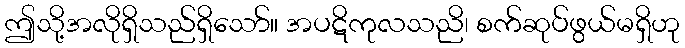
ဤသို့အလိုရှိသည်ရှိသော်။ အပဋိကုလသညိ၊ စက်ဆုပ်ဖွယ်မရှိဟု